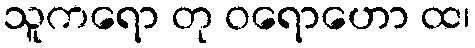
သူကရော တု ဝရောဟော ထ၊